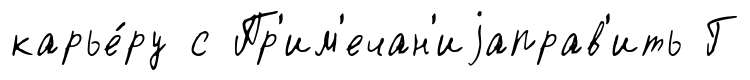
карье́ру с Пр'им'ечан'иjаправ'ить Г